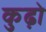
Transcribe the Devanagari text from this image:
कुढ़ो